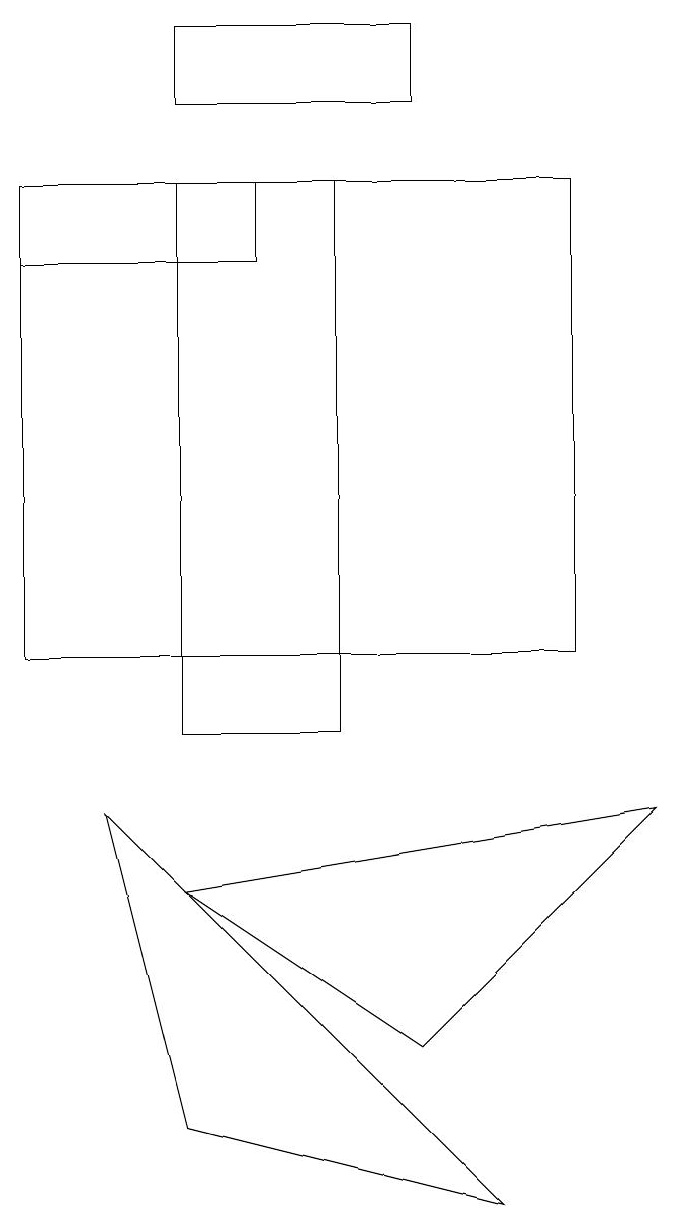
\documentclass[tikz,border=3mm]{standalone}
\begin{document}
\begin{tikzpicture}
\draw (2,8) -- (8,9) -- (5,6) -- cycle;
\draw (3,17) rectangle (0,16);
\draw (5,18) rectangle (2,19);
\draw (2,5) -- (6,4) -- (1,9) -- cycle;
\draw (2,17) rectangle (4,10);
\draw (7,11) rectangle (0,17);
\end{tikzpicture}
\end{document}